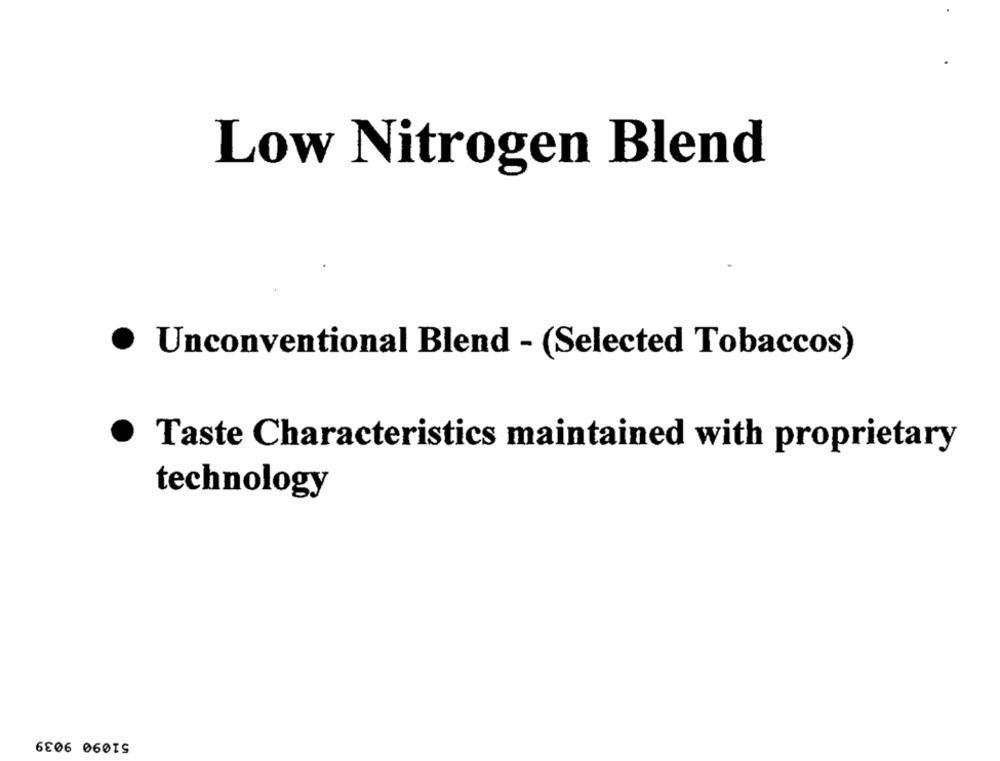
Low Nitrogen Blend
· Unconventional Blend - (Selected Tobaccos)
Taste Characteristics maintained with proprietary
technology
51090 9039